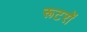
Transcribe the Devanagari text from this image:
रूटरों